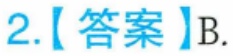
2.【答案】B.